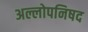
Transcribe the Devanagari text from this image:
अल्लोपनिषद